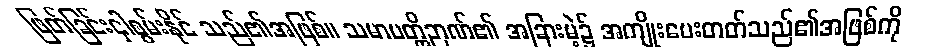
ဖြတ်ခြင်းငှါစွမ်းနိုင် သည်၏အဖြစ်။ သမာပတ္တိဉာဏ်၏ အခြားမဲ့၌ အကျိုးပေးတတ်သည်၏အဖြစ်ကို